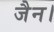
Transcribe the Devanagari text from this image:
जैन।